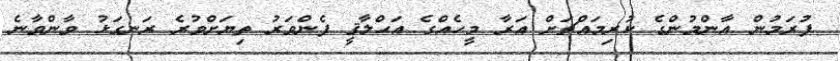
ފުރަމުން އާންމުންގެ ކުރިމައްޗަށް އަރާ މީހެއްގެ އަޙްލާޤީ ފެންވަރު ތިޔަށްވުރެ ރަނގަޅު ވާންވާނެ